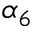
\alpha _ { 6 }